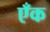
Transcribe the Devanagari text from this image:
एँक